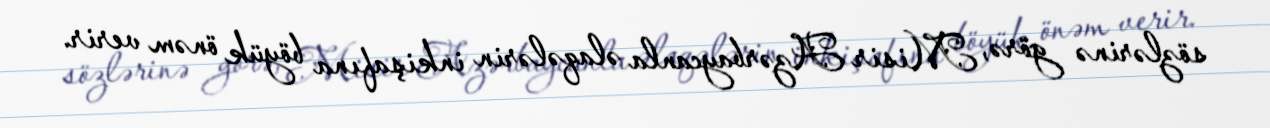
sözlərinə görə, Misir Azərbaycanla əlaqələrin inkişafına böyük önəm verir.